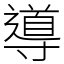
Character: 導